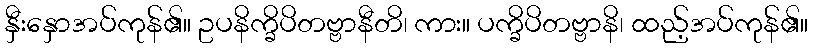
နှီးနှောအပ်ကုန်၏။ ဥပနိက္ခိပိတဗ္ဗာနီတိ၊ ကား။ ပက္ခိပိတဗ္ဗာနိ၊ ထည့်အပ်ကုန်၏။